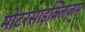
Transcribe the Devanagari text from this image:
मोटरसाइक्लिज़म